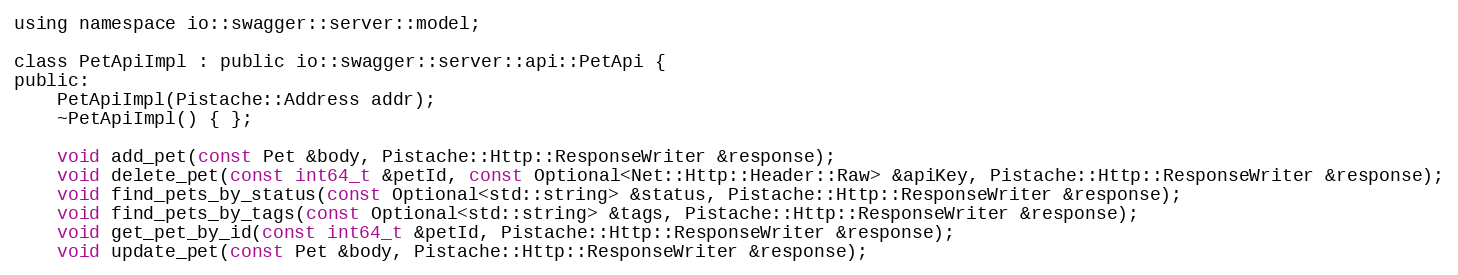
Language: C
using namespace io::swagger::server::model;

class PetApiImpl : public io::swagger::server::api::PetApi {
public:
    PetApiImpl(Pistache::Address addr);
    ~PetApiImpl() { };

    void add_pet(const Pet &body, Pistache::Http::ResponseWriter &response);
    void delete_pet(const int64_t &petId, const Optional<Net::Http::Header::Raw> &apiKey, Pistache::Http::ResponseWriter &response);
    void find_pets_by_status(const Optional<std::string> &status, Pistache::Http::ResponseWriter &response);
    void find_pets_by_tags(const Optional<std::string> &tags, Pistache::Http::ResponseWriter &response);
    void get_pet_by_id(const int64_t &petId, Pistache::Http::ResponseWriter &response);
    void update_pet(const Pet &body, Pistache::Http::ResponseWriter &response);